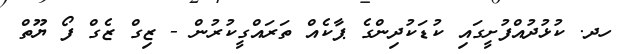
ހދ. ކުޅުދުއްފުށީގައި ކުޑަކުދިންގެ ޕާކެއް ތަރައްގީކުރުން - ޒިގް ޒެގް ފޯ ޔޫތް